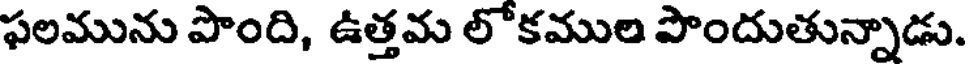
ఫలమును పొంది, ఉత్తమ లోకముల పొందుతున్నాడు.